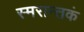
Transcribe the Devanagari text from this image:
स्मरान्तकं